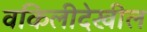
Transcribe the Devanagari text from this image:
वकिलीदेखील